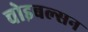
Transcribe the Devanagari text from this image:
चोइबल्सन